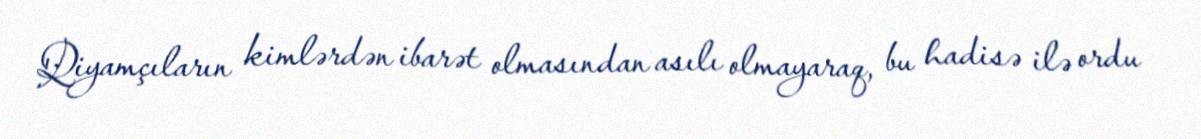
Qiyamçıların kimlərdən ibarət olmasından asılı olmayaraq, bu hadisə ilə ordu